Civil Veterinary Department. United Provinces 1932-42 - 1932-1942
Year: 1932
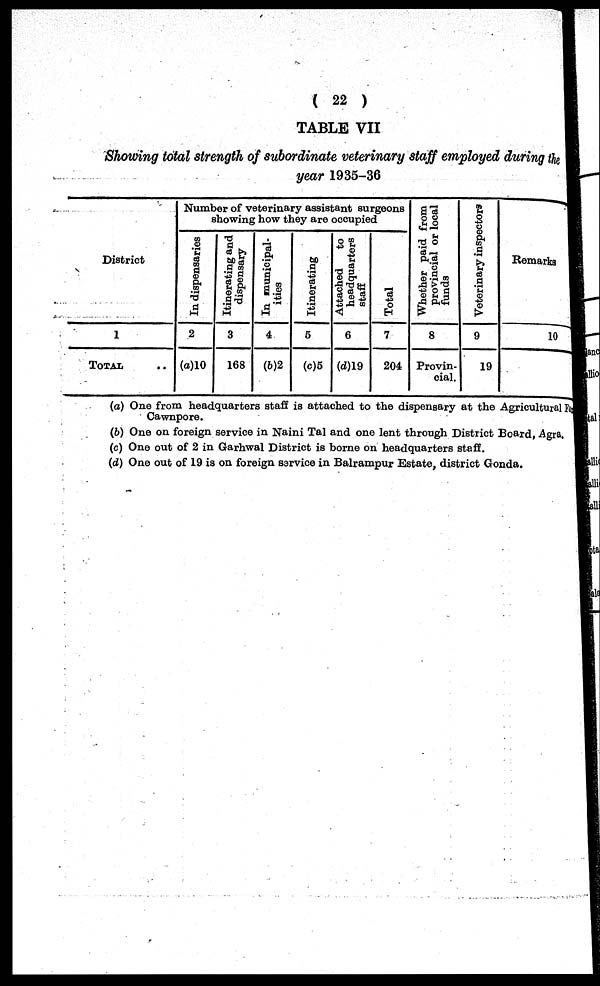
( 22 )
TABLE VII
Shouting total strength of subordinate veterinary staff employed during the
year 1935-36
District
1
TOTAL ..
Number of veterinary assistant surgeons
showing how they are occupied
In dispensaries
2
(a)10
Itinerating and
dispensary
3
168
In municipal-
ities
4
(b)2
Itinerating
5
(c)5
Attached
to
headquarters
staff
6
(d)19
Total
7
204
Whether paid from
provincial or local
funds
8
Provin-
cial.
Veterinary inspectors
9
19
Remarks
10
(a) One from headquarters staff is attached to the dispensary at the Agricultural pa
Cawnpore.
(b) One on foreign service in Naini Tal and one lent through District Board, Agra.
(c) One out of 2 in Garhwal District is borne on headquarters staff.
(d) One out of 19 is on foreign service in Balrampur Estate, district Gonda.